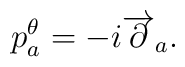
p^{\theta}_a = -i\overrightarrow{\partial}_a.